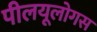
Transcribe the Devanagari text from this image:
पीलयूलोगस